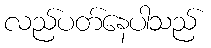
လည်ပတ်နေပါသည်